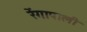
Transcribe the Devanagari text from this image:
रेंगापाली